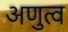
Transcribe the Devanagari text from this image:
अणुत्व